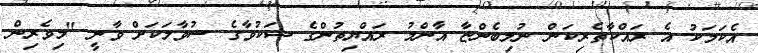
އެކަމަކު އެ ރައްކާތެރިކަން ނުލިބެންޏާ އާންމު ރައްޔިތުންގެ ޝަކުވާގެ ސުވާލަކަށް ވާނީ "މިވެރިން